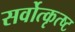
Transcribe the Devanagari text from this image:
सर्वोत्कृत्ष्ट